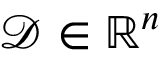
\mathcal { D } \in \mathbb { R } ^ { n }